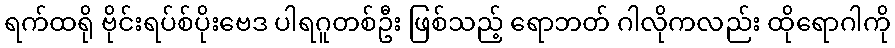
ရက်ထရို ဗိုင်းရပ်စ်ပိုးဗေဒ ပါရဂူတစ်ဦး ဖြစ်သည့် ရောဘတ် ဂါလိုကလည်း ထိုရောဂါကို